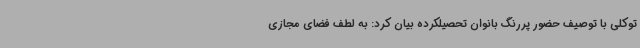
توکلی با توصیف حضور پررنگ بانوان تحصیلکرده بیان کرد: به لطف فضای مجازی